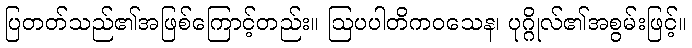
ပြတတ်သည်၏အဖြစ်ကြောင့်တည်း။ ဩပပါတိကဝသေန၊ ပုဂ္ဂိုလ်၏အစွမ်းဖြင့်။